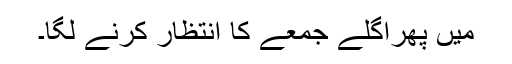
میں پھراگلے جمعے کا انتظار کرنے لگا۔